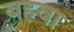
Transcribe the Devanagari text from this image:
बहवा